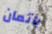
باتمان